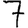
Digit: 7